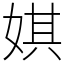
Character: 娸